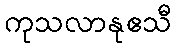
ကုသလာနုဧသီ